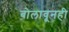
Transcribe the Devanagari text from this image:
बोलावूनही